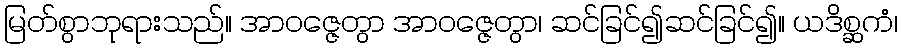
မြတ်စွာဘုရားသည်။ အာဝဇ္ဇေတွာ အာဝဇ္ဇေတွာ၊ ဆင်ခြင်၍ဆင်ခြင်၍။ ယဒိစ္ဆကံ၊